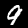
Label: 9